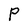
Character: P